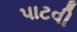
પાટવી